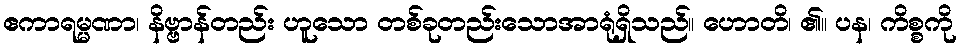
ဧကာရမ္မဏာ၊ နိဗ္ဗာန်တည်း ဟူသော တစ်ခုတည်းသောအာရုံရှိသည်။ ဟောတိ၊ ၏။ ပန၊ ကိစ္စကို